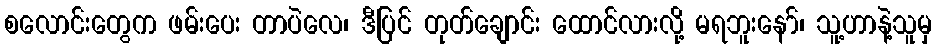
စလောင်းတွေက ဖမ်းပေး တာပဲလေ၊ ဒီပြင် တုတ်ချောင်း ထောင်လားလို့ မရဘူးနော်၊ သူ့ဟာနဲ့သူမှ